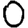
Digit: 0